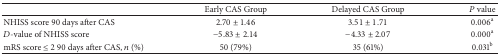
<table><thead><tr><td><b> </b></td><td><b>Early CAS Group</b></td><td><b>Delayed CAS Group</b></td><td><b><i>P</i> value</b></td></tr></thead><tbody><tr><td>NHISS score 90 days after CAS</td><td>2.70 ± 1.46</td><td>3.51 ± 1.71</td><td>0.006<sup>a</sup></td></tr><tr><td><i>D</i>-value of NHISS score</td><td>−5.83 ± 2.14</td><td>−4.33 ± 2.07</td><td>0.000<sup>a</sup></td></tr><tr><td>mRS score ≤ 2 90 days after CAS, <i>n</i> (%)</td><td>50 (79%)</td><td>35 (61%)</td><td>0.031<sup>b</sup></td></tr></tbody></table>